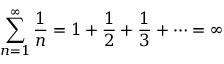
\sum _ { n = 1 } ^ { \infty } { \frac { 1 } { n } } = 1 + { \frac { 1 } { 2 } } + { \frac { 1 } { 3 } } + \cdots = \infty